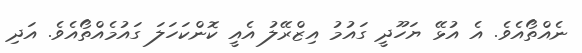
ނެއްތޯއެވެ. އެ އުޅޭ ޔަހޫދީ ގައުމު އިޒްރޭލު އެއީ ކޮންކަހަލަ ގައުމެއްތޯއެވެ. އަދި